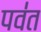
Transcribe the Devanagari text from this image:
पव॑त